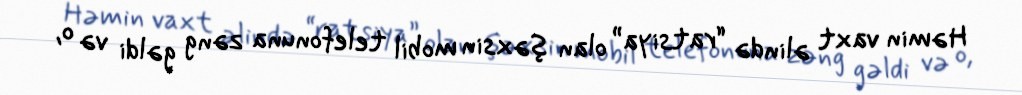
Həmin vaxt əlində “ratsiya” olan şəxsin mobil telefonuna zəng gəldi və o,